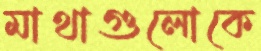
মাথাগুলোকে